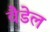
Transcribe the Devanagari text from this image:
वैडेल